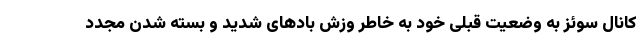
کانال سوئز به وضعیت قبلی خود به خاطر وزش بادهای شدید و بسته شدن مجدد